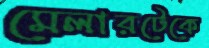
মেলারটেকে